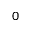
_ 0